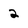
Character: 2